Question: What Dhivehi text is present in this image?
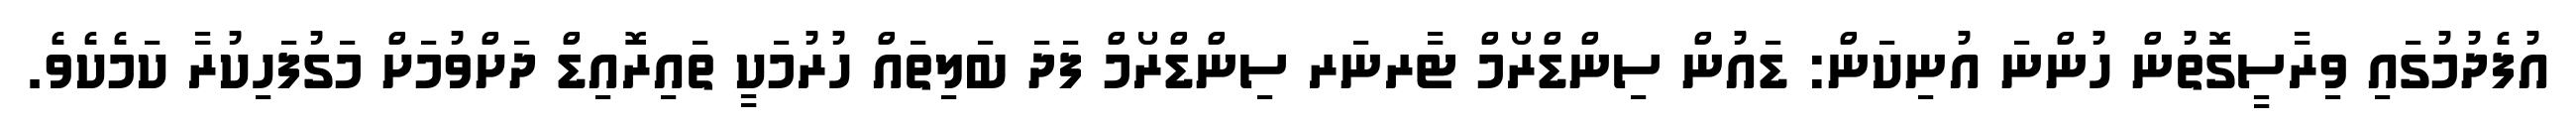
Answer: އުފެދުމުގައި ވިރާސީގޮތުން ހުންނަ އުނިކަން: ޑައުން ސިންޑްރޯމް ޓާރނަރ ސިންޑްރޯމް ފަދަ ބަލިތައް ހުރުމަކީ ތައިރޮއިޑް ދަށްވުމަށް މަގުފަހިކުރާ ކަމެކެވެ.